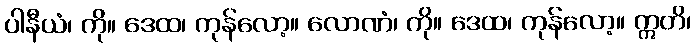
ပါနီယံ၊ ကို။ ဒေထ၊ ကုန်လော့။ လောဏံ၊ ကို။ ဒေထ၊ ကုန်လော့။ ဣတိ၊